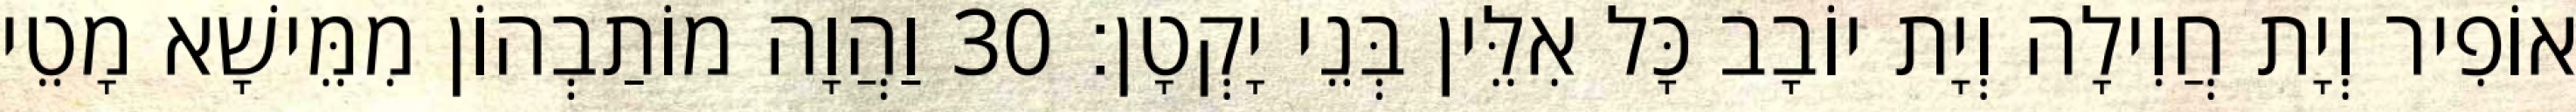
אוֹפִיר וְיָת חֲוִילָה וְיָת יוֹבָב כָּל אִלֵּין בְּנֵי יָקְטָן׃ 30 וַהֲוָה מוֹתַבְהוֹן מִמֵּישָׁא מָטֵי